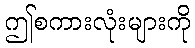
ဤစကားလုံးများကို